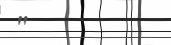
"